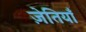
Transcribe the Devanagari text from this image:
ज़ेतियाँ